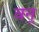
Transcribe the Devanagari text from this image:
वन्